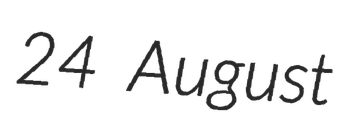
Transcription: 24 August